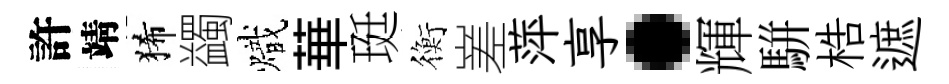
許靖狶蠲熾華珽衡嵳萍享·輝駢梏遮